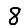
Digit: 8